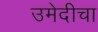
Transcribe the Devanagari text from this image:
उमेदीचा